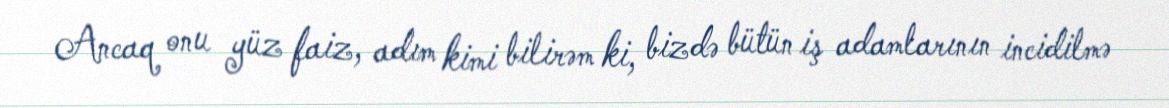
Ancaq onu yüz faiz, adım kimi bilirəm ki, bizdə bütün iş adamlarının incidilmə